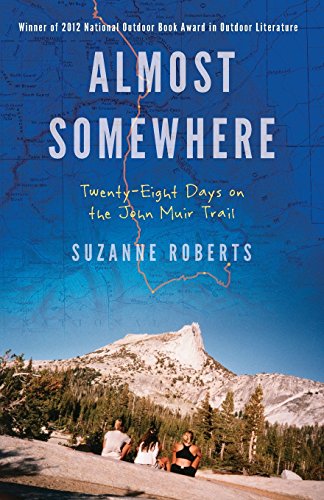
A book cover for Almost Somewhere: Twenty-Eight Days on the John Muir Trail (Outdoor Lives); Suzanne Roberts; Health, Fitness & Dieting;